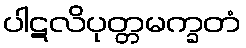
ပါဋလိပုတ္တမက္ခတံ